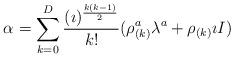
LaTeX: \begin{align*}\alpha = \sum_{k=0}^{D}{ (\imath)^{k(k-1) \over 2} \over k!} ( \rho^{a}_{(k)}\lambda^{a} + \rho_{(k)} \imath I )\end{align*}